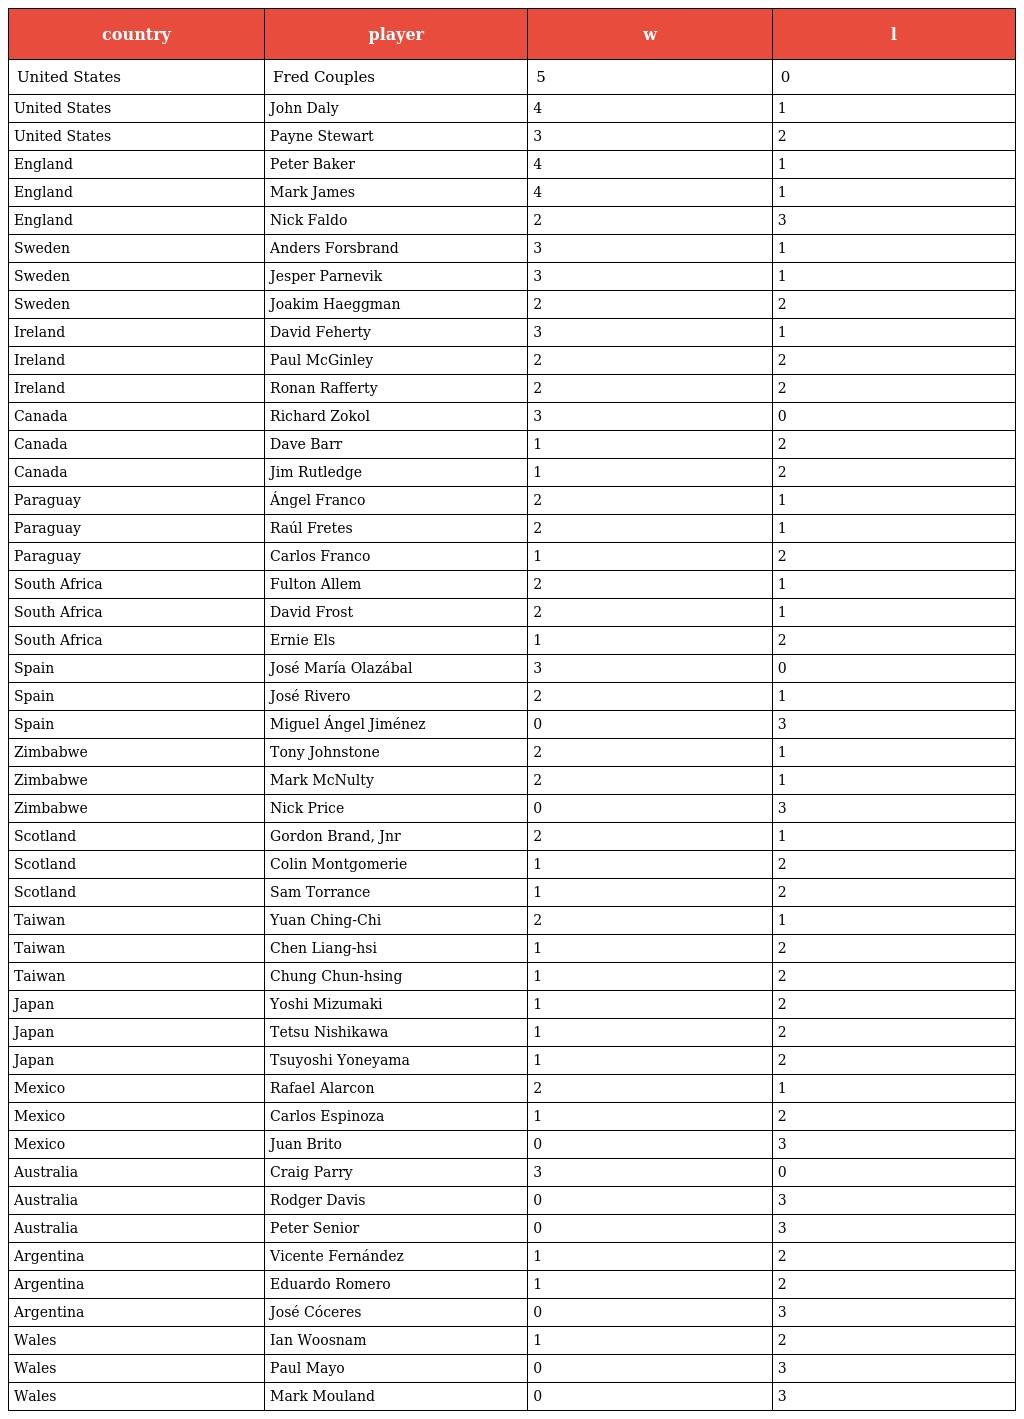
| country | player | w | l |
 | --- | --- | --- | --- |
 | United States | Fred Couples | 5 | 0 |
 | United States | John Daly | 4 | 1 |
 | United States | Payne Stewart | 3 | 2 |
 | England | Peter Baker | 4 | 1 |
 | England | Mark James | 4 | 1 |
 | England | Nick Faldo | 2 | 3 |
 | Sweden | Anders Forsbrand | 3 | 1 |
 | Sweden | Jesper Parnevik | 3 | 1 |
 | Sweden | Joakim Haeggman | 2 | 2 |
 | Ireland | David Feherty | 3 | 1 |
 | Ireland | Paul McGinley | 2 | 2 |
 | Ireland | Ronan Rafferty | 2 | 2 |
 | Canada | Richard Zokol | 3 | 0 |
 | Canada | Dave Barr | 1 | 2 |
 | Canada | Jim Rutledge | 1 | 2 |
 | Paraguay | Ángel Franco | 2 | 1 |
 | Paraguay | Raúl Fretes | 2 | 1 |
 | Paraguay | Carlos Franco | 1 | 2 |
 | South Africa | Fulton Allem | 2 | 1 |
 | South Africa | David Frost | 2 | 1 |
 | South Africa | Ernie Els | 1 | 2 |
 | Spain | José María Olazábal | 3 | 0 |
 | Spain | José Rivero | 2 | 1 |
 | Spain | Miguel Ángel Jiménez | 0 | 3 |
 | Zimbabwe | Tony Johnstone | 2 | 1 |
 | Zimbabwe | Mark McNulty | 2 | 1 |
 | Zimbabwe | Nick Price | 0 | 3 |
 | Scotland | Gordon Brand, Jnr | 2 | 1 |
 | Scotland | Colin Montgomerie | 1 | 2 |
 | Scotland | Sam Torrance | 1 | 2 |
 | Taiwan | Yuan Ching-Chi | 2 | 1 |
 | Taiwan | Chen Liang-hsi | 1 | 2 |
 | Taiwan | Chung Chun-hsing | 1 | 2 |
 | Japan | Yoshi Mizumaki | 1 | 2 |
 | Japan | Tetsu Nishikawa | 1 | 2 |
 | Japan | Tsuyoshi Yoneyama | 1 | 2 |
 | Mexico | Rafael Alarcon | 2 | 1 |
 | Mexico | Carlos Espinoza | 1 | 2 |
 | Mexico | Juan Brito | 0 | 3 |
 | Australia | Craig Parry | 3 | 0 |
 | Australia | Rodger Davis | 0 | 3 |
 | Australia | Peter Senior | 0 | 3 |
 | Argentina | Vicente Fernández | 1 | 2 |
 | Argentina | Eduardo Romero | 1 | 2 |
 | Argentina | José Cóceres | 0 | 3 |
 | Wales | Ian Woosnam | 1 | 2 |
 | Wales | Paul Mayo | 0 | 3 |
 | Wales | Mark Mouland | 0 | 3 |